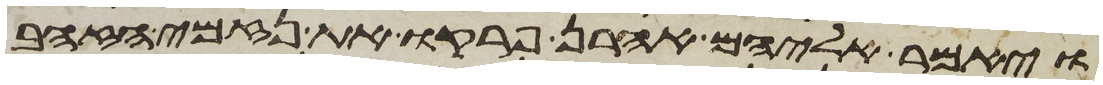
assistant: ויאמר אליהם אהרן פרקו את נזמי הזהב